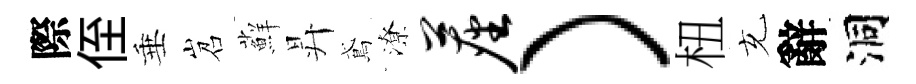
際侄垂岧蘚昇鳶潦尘）杻充辭洞